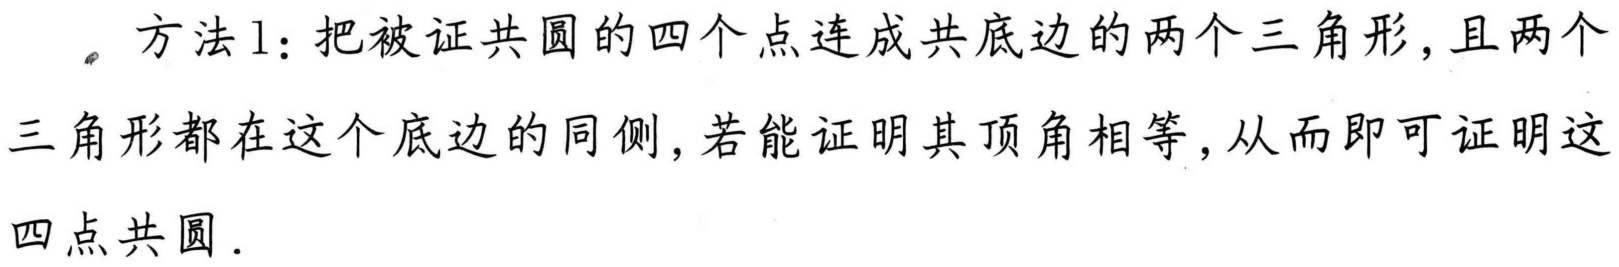
方法1：把被证共圆的四个点连成共底边的两个三角形,且两个
三角形都在这个底边的同侧,若能证明其顶角相等,从而即可证明这
四点共圆．